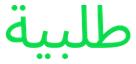
طلبية